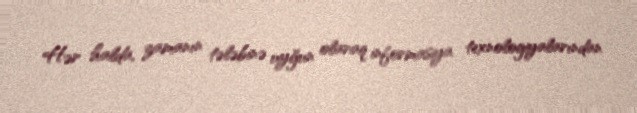
Hər halda, zamanın tələbinə uyğun olaraq informasiya texnologiyalarından